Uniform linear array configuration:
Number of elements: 48
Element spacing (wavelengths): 1
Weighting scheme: binomial
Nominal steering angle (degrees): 30
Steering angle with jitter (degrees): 28.897
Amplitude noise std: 0.05
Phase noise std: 0.05

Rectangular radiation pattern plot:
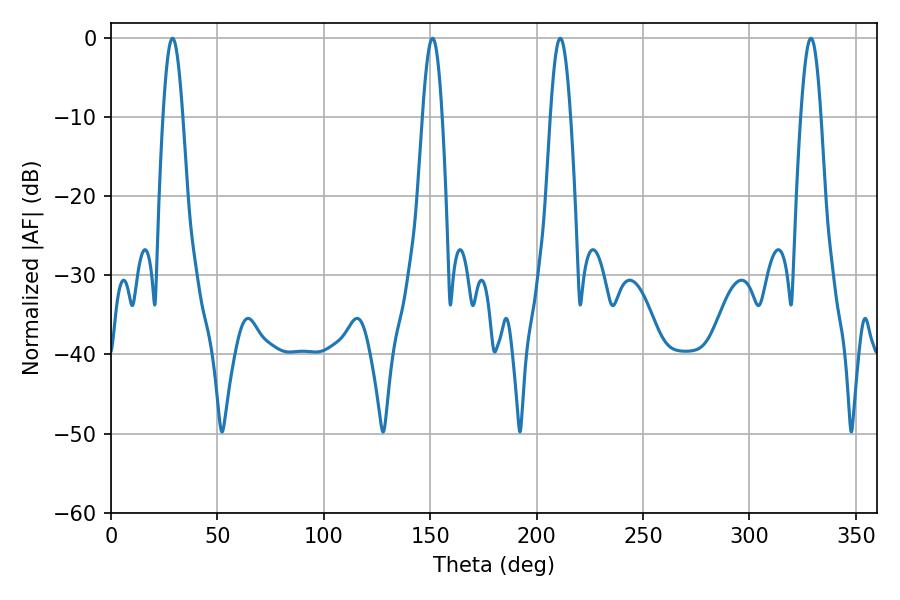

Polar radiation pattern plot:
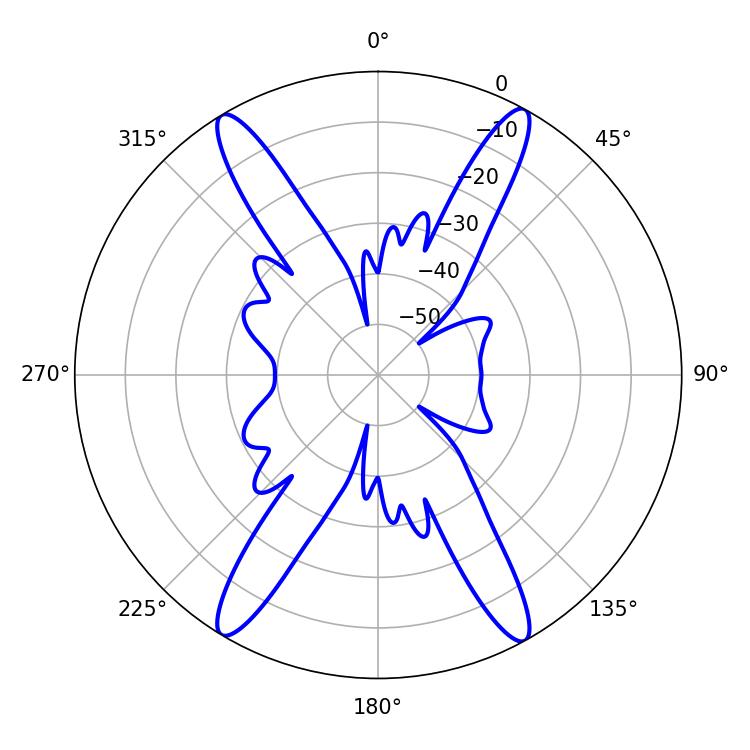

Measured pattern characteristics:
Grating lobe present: TRUE
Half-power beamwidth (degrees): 5.04
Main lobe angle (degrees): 211.14